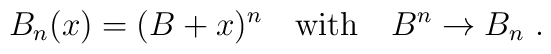
B_n(x)=(B+x)^n\quad{\rm with}\quad B^n\rightarrow B_n \ .